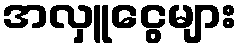
အလှူငွေများ